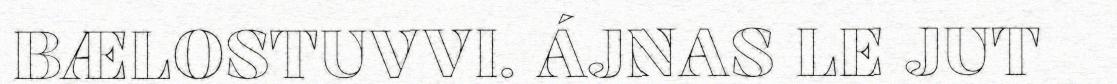
BÆLOSTUVVI. ÁJNAS LE JUT